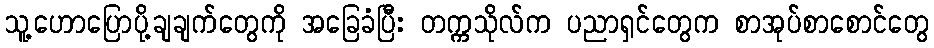
သူ့ဟောပြောပို့ချချက်တွေကို အခြေခံပြီး တက္ကသိုလ်က ပညာရှင်တွေက စာအုပ်စာစောင်တွေ